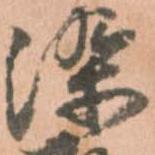
染